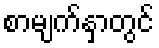
စာမျက်နှာတွင်